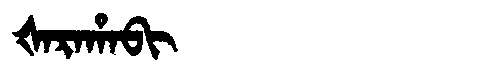
Manchu: ᡧᠠᡵᠠᡥᠠᠪᡳ
Romanization: ŠARAHABI